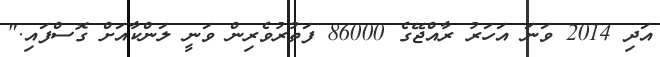
އަދި 2014 ވަނަ އަހަރު ރާއްޖޭގެ 86000 ފަތުރުވެރިން ވަނީ ލަންކާއަށް ގޮސްފައި."